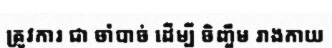
ត្រូវការ ជា ចាំបាច់ ដើម្បី ចិញ្ចឹម រាងកាយ